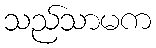
သည်သာမက